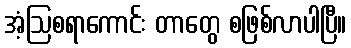
အံ့ဩစရာကောင်း တာတွေ စဖြစ်လာပါပြီ။